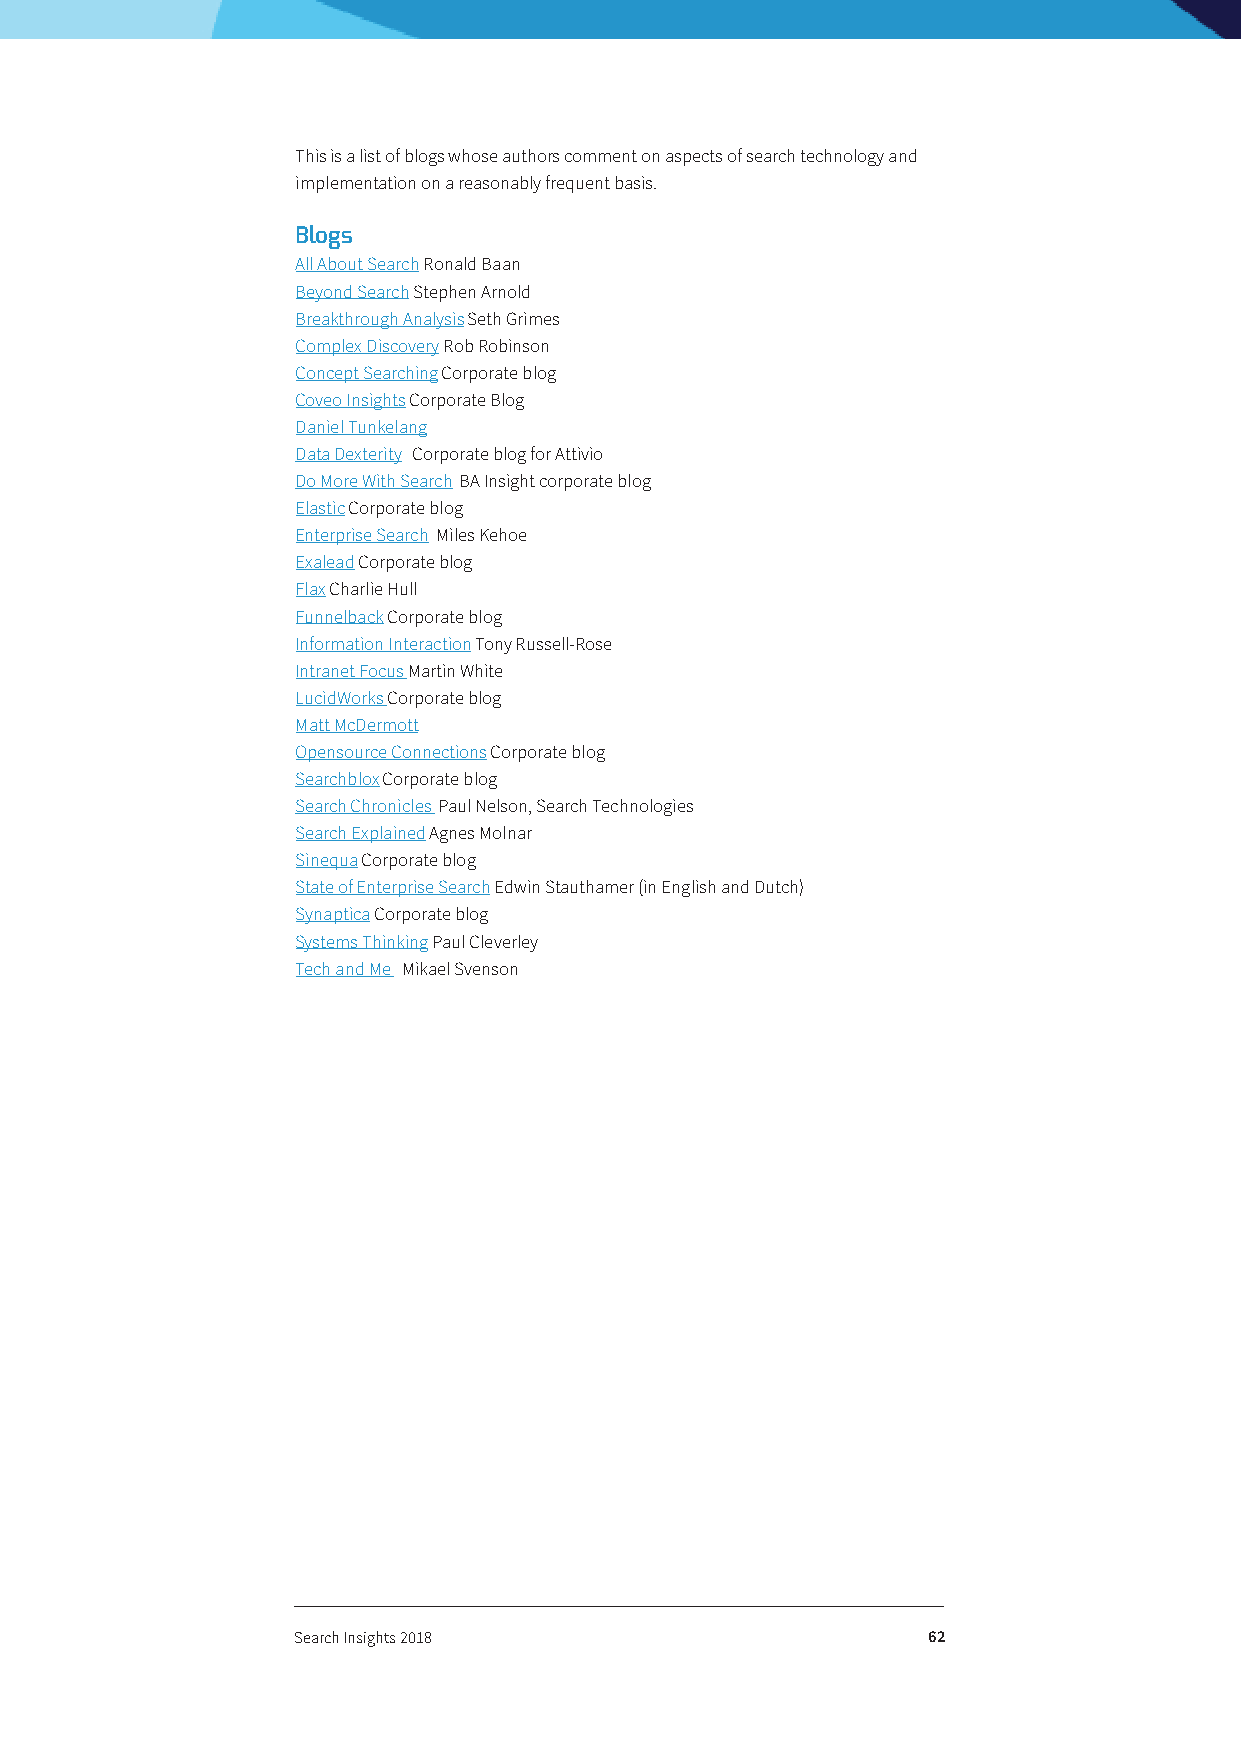
This is a list of blogs whose authors comment on aspects of search technology and
 implementation on a reasonably frequent basis.
 Blogs
 All About Search Ronald Baan
 Beyond Search Stephen Arnold
 Breakthrough Analysis Seth Grimes
 Complex Discovery Rob Robinson
 Concept Searching Corporate blog
 Coveo Insights Corporate Blog
 Daniel Tunkelang
 Data Dexterity Corporate blog for Attivio
 Do More With Search BA Insight corporate blog
 Elastic Corporate blog
 Enterprise Search Miles Kehoe
 Exalead Corporate blog
 Flax Charlie Hull
 Funnelback Corporate blog
 Information Interaction Tony Russell-Rose
 Intranet Focus Martin White
 LucidWorks Corporate blog
 Matt McDermott
 Opensource Connections Corporate blog
 Searchblox Corporate blog
 Search Chronicles Paul Nelson, Search Technologies
 Search Explained Agnes Molnar
 Sinequa Corporate blog
 State of Enterprise Search Edwin Stauthamer (in English and Dutch)
 Synaptica Corporate blog
 Systems Thinking Paul Cleverley
 Tech and Me Mikael Svenson
 Search Insights 2018                      62